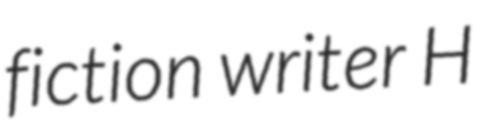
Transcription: fiction writer H